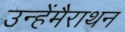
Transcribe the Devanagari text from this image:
उन्हेंमैराथन